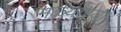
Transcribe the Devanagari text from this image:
मळ्यांच्या